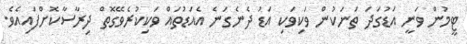
ޓީމުން ވަނީ އަޑުގަދަ ތަނަކުން ވަކިވަކި އަޑު ދެނެގަނެ އެއަޑުތައް ވަކިކުރެވޭގޮތް ދިރާސާކޮށްފައިއެވެ.